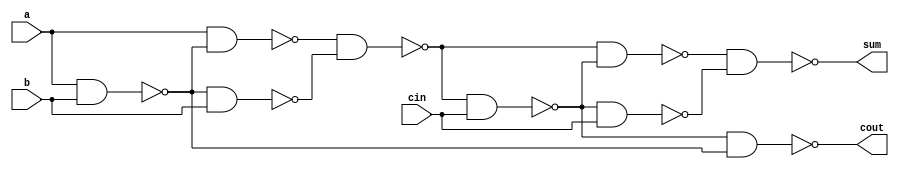
// Full Adder using only NAND gates
// Created by Nitheesh Kumar - Aug 02 2020

module full_adder_nand (
	input a,b,cin,
	output sum,cout);

wire w1, w2, w3, w4, w5, w6, w7;

nand N1 (w1, a, b);
nand N2 (w3, a, w1);
nand N3 (w2, w1, b);
nand N4 (w4, w3, w2);
nand N5 (w5, w4, cin);
nand N6 (w6, w4, w5);
nand N7 (w7, w5, cin);
nand N8 (cout ,w5, w1);
nand N9 (sum, w6, w7);

endmodule